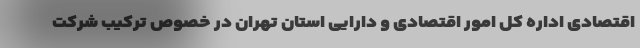
اقتصادی اداره کل امور اقتصادی و دارایی استان تهران در خصوص ترکیب شرکت